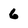
Character: 6